Annual report of the Bengal Veterinary College and of the Civil Veterinary Department, Bengal, for the year 1918-19 - 1918-1919
Year: 1918
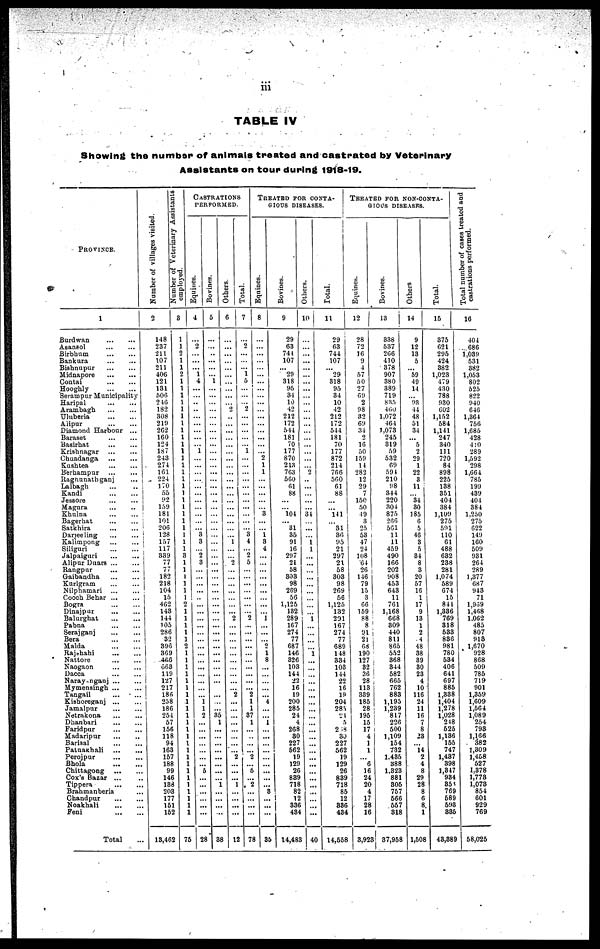
iii
TABLE IV
Showing the number of animals treated and castrated by Veterinary
Assistants on tour during 1918-19.
PROVINCE.
1
Burdwan ... ...
Asanaol ... ...
Birbhum
...
...
Bankura ... ...
Bishnupur
...
...
Midnapore ... ...
Contai
...
...
Hooghly ... ...
Serampur Municipality
Haripal ... ...
Arambagh
...
...
Uluberia ... ...
Alipur ... ...
Diamond Harbour ...
Baraset ... ...
Basirbat ... ...
Krishnagar
... ...
Chuadanga ... ...
Kushtea ... ...
Berbampur ... ...
Ragnunathganj ...
Lalbagh ... ..
Kandi ... ...
Jessore ... ...
Magura
...
..
Khulna ... ...
Bagerbat ... ...
Satkhira ... ...
Darjeeling ... ...
Kalimpong ... ...
Siliguri ... ...
Jalpaiguri ... ...
Alipur Duars ... ...
Rangpur ... ...
Gaibandha ... ...
Kurigram
...
...
Nilphamari ... ...
Cooch Bebar ... ...
Bogra ... ...
Dinajpur ... ...
Balurghat ... ...
Pabna ... ...
Serajganj ... ...
Bera ... ...
Malda ... ...
Rajshahi ... ...
Nattore ... ...
Naogaon ... ...
Dacca
Narayanganj ... ...
Mymensingh ... ...
Tangail
...
...
Kishoreganj ... ...
Jamalpur ... ...
Netrakona ... ...
Dhanbari ... ...
Faridpur ... ...
Madaripur ... ..
Barisal ... ...
Patuakhali
...
...
Perojpur ... ...
Bhola ... ...
Chittagong ... ...
Cox's Bazar ... ..
Tippera ... ...
Brahmanberia ...
Chandpur ... ...
Noakhali ... ...
Feni ... ...
Total ...
Number of villages visited.
Number of Veterinary Assistants
employed.
2
148
237
211
107
211
406
121
131
506
246
182
308
219
262
16C
124
187
243
27
101
22
170 55
142
159
181
101
206
128
157
117
339
77
77
182 218
104
15
462
143
141
105
286
32
396
369
466
668
119 127
217
186
258
186
254
57
156
118
94
163
157
188
99
146
188
203
177
151
152
13,462
3
1
1
2
1
1
2
1
1
1
1
1
1
1
1
1
1
1
1
1
1
1
1
1
1
1
1
1
I
1
1
1
3
1 1
1 1
1
1 2
1
1
1
1
1
2
1
1
1
1
1
1
1
1
1
1
1
1
1
1
1
1
1
1
1
1
1
1
1
1
75
CASTRATIONS
PERFORMED.
Equines.
4
...
2
...
...
... 1
4
...
...
..
..
...
...
...
...
... 1
...
...
...
...
...
...
...
...
...
...
... 3
3
... 2
3
...
...
... ...
...
...
...
...
...
...
...
...
...
...
...
...
...
...
...
1
1
2
...
...
...
...
...
...
...
5
...
...
...
...
...
...
28
Bovines.
5
...
...
..
...
...
... 1
...
...
...
...
...
...
...
...
...
...
...
...
...
...
...
...
..
...
...
...
...
...
...
...
...
...
...
...
...
...
...
...
...
...
...
...
...
...
...
...
...
...
...
...
...
...
35 1
...
...
...
...
...
... ...
... 1
...
...
...
...
88
Others.
6
...
...
...
...
...
...
...
...
...
... 2
..
...
...
...
...
...
...
...
...
...
...
...
...
...
...
...
...
... 1
...
... 2
...
...
...
...
...
...
... 2
...
...
...
...
...
...
...
...
...
... 2
...
...
...
...
...
...
...
... 2
...
...
... 1
...
... ...
...
12
Total.
7
...
2
...
...
... 1
5
...
...
... 2
...
...
...
...
...
1
...
...
...
...
...
...
...
...
...
...
... 3
4
... 2
5
...
...
...
...
...
...
... 2
...
...
...
...
...
...
...
...
...
... 2
1
1
37
1
...
..
...
... 2
... 5
... 2
...
...
...
78
TREATED FOR CONTA¬
GIOUS DISEASES.
Equities.
8
...
...
...
...
...
...
...
...
...
...
...
...
...
...
...
...
... 2
1 1
...
...
...
...
... 3
...
...
1
3
4
...
...
...
...
...
...
...
...
... 1
...
...
... 2
1 8
...
...
...
...
... 4
...
... 1
...
...
...
...
...
...
...
...
... 8
...
...
...
35
Bovines.
9
29
63
741
107
... 29
318
95
34
10
12
212
172
544
181
70
177
870
243
763
560
61 88
...
... 104
... 31
35
91
16
297
21
58
303
98
269
58
1,125
132
289
167
274
77
687
146
326
103
144
22
16
19
200 285
21
4
268
80
227
662
19
129
26
839
718
82
12
336
434
14,483
Others.
10
...
...
...
...
...
...
...
...
...
...
...
...
...
...
...
...
...
...
... 2
..
...
...
...
...
34
...
...
...
1
1
...
...
...
...
... ...
...
...
...
1
...
...
...
...
1
...
...
...
...
...
...
...
...
...
...
...
...
...
...
... ...
...
...
...
... ...
...
...
40
Total.
11
29
63
744
107
...
29
318
95
34
10
42
212
172
514
181
70
177
872
214
766
560
61
88
...
... 111
... 31
36
95
21
297
21
58
303
98
269
56
1,125
132
291
167
274
77
689
148
334
103
144
22
16
19
204
285
24
5
248
30
227
562
19
129
26
839
718
85
12
336
434
14,558
TREATED FOR NON-CONTA¬
GIOUS DISEASES.
Equines.
12
28
72
16
9
4
57
50
27
69
2
98
32
69
34
2
16
60
159
14
282
12
29
7
150
50
19
3
25
53
47
24
108
64
20
116 79
15
3
66
159
88
8
91
21
68
190
127
32
36
28
113
339
185
28
195
15
17
4
1
1
... 6
16
24
20
4
17
28
16
3,923
Bovines.
13
338
537
266
410
378
907
380
330
719
835
460
1,072
464
1,073
245
319
59
532
69
594
210
98
344
220
304
875
266
561
11
11
459
490
166
202
908
453
643
11
761
1,168
668
309
440
811
865
552
368
344
582
665
762
883
1,195
1,239
817
226
500
1,109
154
782
1,435
388
1,323
881
305
757
566
557
318
37,958
Others
14
9
12
13
5
... 59
49
14
... 93
14
48
51
34
... 5
2
29
1
22
3
11
... 34
30
185
6
5
46
3
5
34
8
3
20
57
16
1
17
9
13
1
2
4
48
38
39
30
23
4
10
116
24
11
16
7
8
23
... 14
2
4
8
29
28
8
6
8
1
1,508
Total.
15
375
621
295
424
382
1,023
479
430
788
930
602
1,152
584
1,141
247
340
111
720
84
898
225
138
351
404
384
1,109
275
591
110
61
488
632
238
281
1,074
589
674
15
844
1,336
769
318
533
836
981
780
534
406
641
697
885
1,338
1,404
1,278
1,028
218
525
1,136
155
747
1,437
398
1,347
934
358
769
589
593
335
43,389
Total number of cases treated and
castrations performed.
16
404
686
1,039
531
382
1,053
802
525
822
940
646
1,364
756
1,085
428
410
289
1,592
298
1,664
785
199
439
404
384
1,250
275
622
149
160
509
931
264
289
1,377
687
943
71
1,969
1,468
1,062
483
807
913
1,670
928
868
509
785
719
901
1,359
1,609
1,564
1,089
254
793
1,166
382
1,309
1,458
527
1,378
1,778
1,073
854
601
929
769
58,025